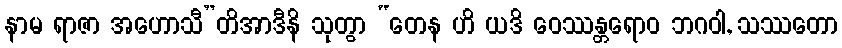
နာမ ရာဇာ အဟောသီ”တိအာဒီနိ သုတွာ “တေန ဟိ ယဒိ ဝေဿန္တရောဝ ဘဂဝါ, သဿတော